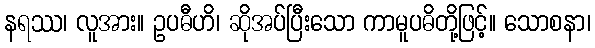
နရဿ၊ လူအား။ ဥပဓီဟိ၊ ဆိုအပ်ပြီးသော ကာမူပဓိတို့ဖြင့်။ သောစနာ၊